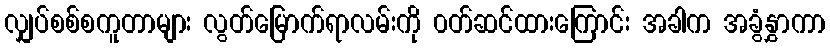
လျှပ်စစ်စကူတာများ လွတ်မြောက်ရာလမ်းကို ၀တ်ဆင်ထားကြောင်း အခါက အခွံနွှာကာ